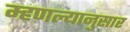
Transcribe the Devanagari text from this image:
म्हणल्यानुसार